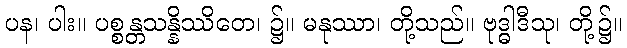
ပန၊ ပါး။ ပစ္စန္တသန္နိဿိတေ၊ ၌။ မနုဿာ၊ တို့သည်။ ဗုဒ္ဓါဒီသု၊ တို့၌။